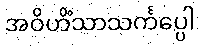
အဝိဟိံသာသင်္ကပ္ပေါ